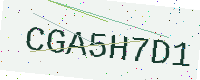
Text: CGA5H7D1